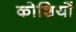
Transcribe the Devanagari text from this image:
कोशियों